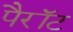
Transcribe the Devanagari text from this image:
पैरॉट